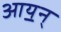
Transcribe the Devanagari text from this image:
आय॒न्